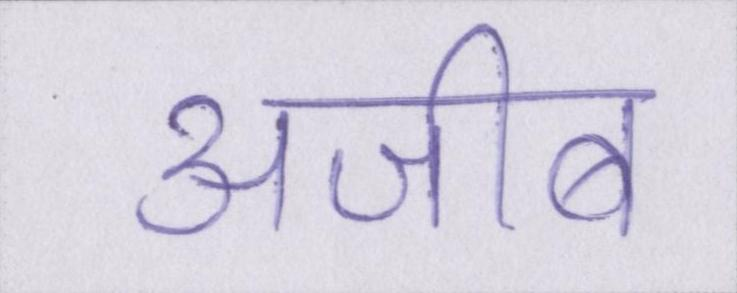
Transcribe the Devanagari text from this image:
अजीब